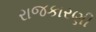
રાજકારણી